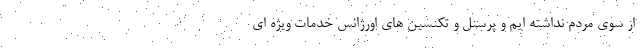
از سوی مردم نداشته ایم و پرسنل و تکنسین های اورژانس خدمات ویژه ای